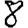
Digit: 8